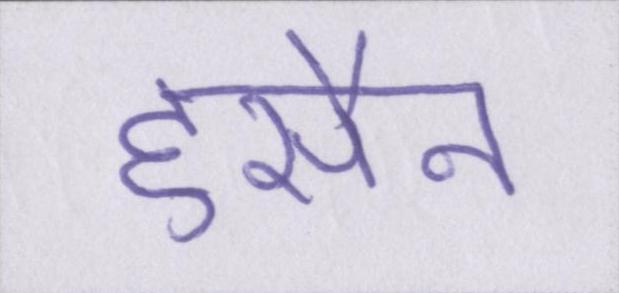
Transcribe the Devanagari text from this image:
हुसैन